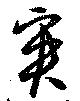
爽